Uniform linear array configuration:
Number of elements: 64
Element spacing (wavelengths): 0.75
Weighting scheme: hann
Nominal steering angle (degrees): -60
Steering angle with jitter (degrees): -58.157
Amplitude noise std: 0.05
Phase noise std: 0.05

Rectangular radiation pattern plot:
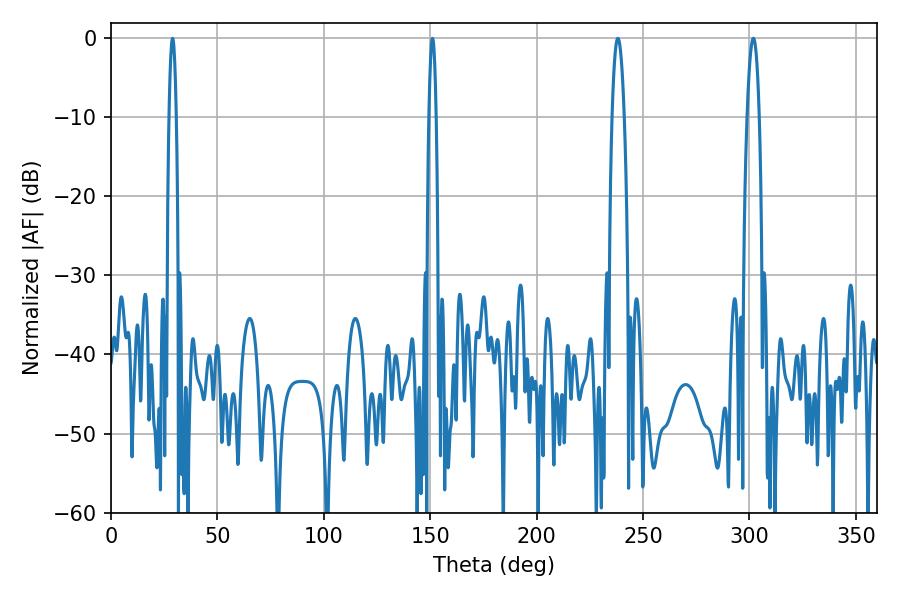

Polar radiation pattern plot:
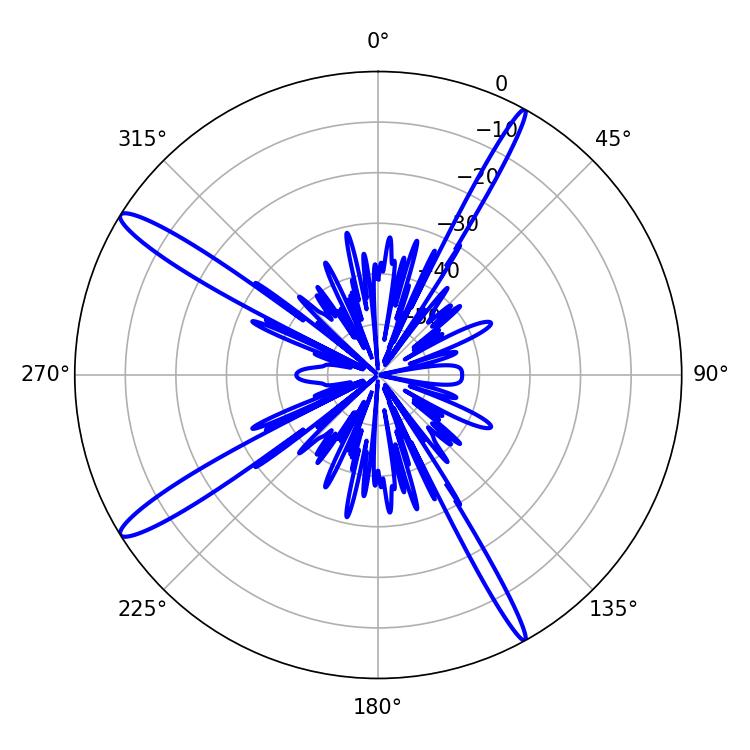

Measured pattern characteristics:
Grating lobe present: TRUE
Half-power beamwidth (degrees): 3.06
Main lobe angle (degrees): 238.14